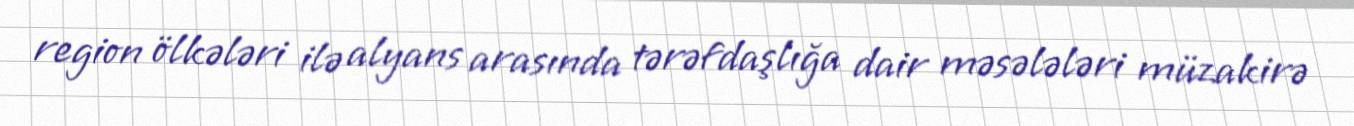
region ölkələri ilə alyans arasında tərəfdaşlığa dair məsələləri müzakirə